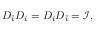
D _ { \bar { i } } D _ { i } = D _ { i } D _ { \bar { i } } = \mathscr { I } ,